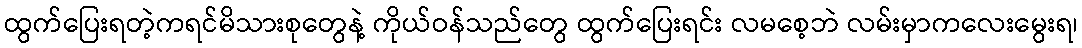
ထွက်ပြေးရတဲ့ကရင်မိသားစုတွေနဲ့ ကိုယ်ဝန်သည်တွေ ထွက်ပြေးရင်း လမစေ့ဘဲ လမ်းမှာကလေးမွေးရ၊